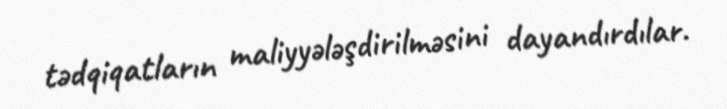
tədqiqatların maliyyələşdirilməsini dayandırdılar.